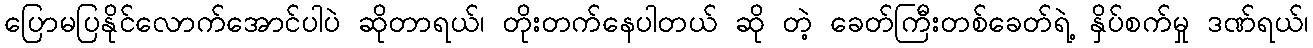
ပြောမပြနိုင်လောက်အောင်ပါပဲ ဆိုတာရယ်၊ တိုးတက်နေပါတယ် ဆို တဲ့ ခေတ်ကြီးတစ်ခေတ်ရဲ့ နှိပ်စက်မှု ဒဏ်ရယ်၊